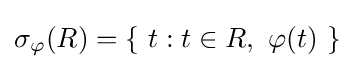
\sigma _{\varphi }(R)=\{\ t:t\in R,\ \varphi (t)\ \}